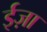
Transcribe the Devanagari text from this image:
ईज़ा